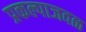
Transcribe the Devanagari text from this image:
प्रकल्पाजवळ